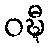
ဝဍ္ဎီ